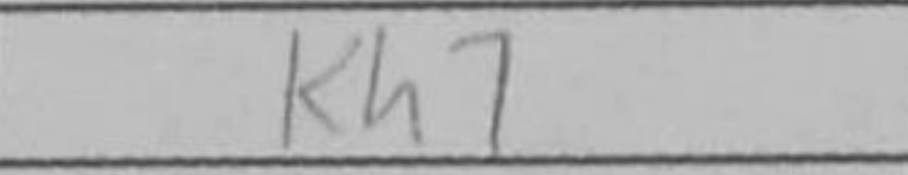
Transcription: Kh7